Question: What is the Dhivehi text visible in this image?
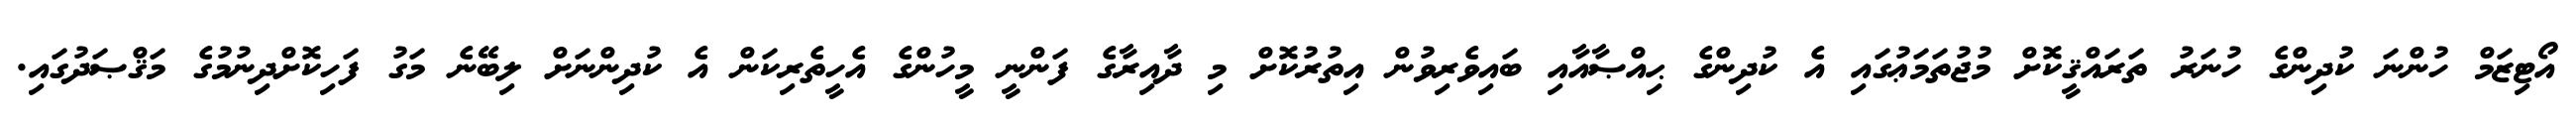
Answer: އޯޓިޒަމް ހުންނަ ކުދިންގެ ހުނަރު ތަރައްޤީކޮށް މުޖުތަމަޢުގައި އެ ކުދިންގެ ޙިއްޞާއާއި ބައިވެރިވުން އިތުރުކޮށް މި ދާއިރާގެ ފަންނީ މީހުންގެ އެހީތެރިކަން އެ ކުދިންނަށް ލިބޭނެ މަގު ފަހިކޮށްދިނުމުގެ މަޤްޞަދުގައި.